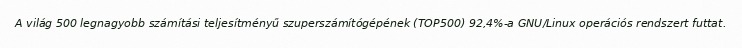
A világ 500 legnagyobb számítási teljesítményű szuperszámítógépének (TOP500) 92,4%-a GNU/Linux operációs rendszert futtat.